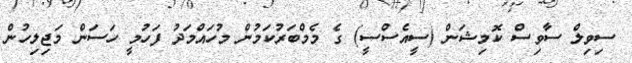
ސިވިލް ސާވިސް ކޮމިޝަން (ސީއެސްސީ) ގެ މެމްބަރުކަމުން މުހައްމަދު ފަހުމީ ހަސަން މަޖިލިހުން